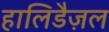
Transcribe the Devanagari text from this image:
हालिडैज़ल